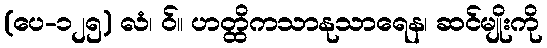
(ပေ-၁၂၅) လံ၊ ဝ်။ ဟတ္ထိကသာနုသာရေန၊ ဆင်မျိုးကို